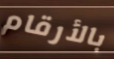
بالأرقام